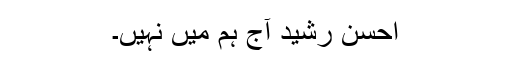
احسن رشید آج ہم میں نہیں۔